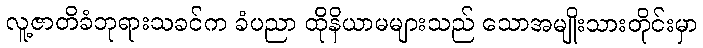
လူ့ဇာတိခံဘုရားသခင်က ခံပညာ ထိုနိယာမများသည် သောအမျိုးသားတိုင်းမှာ